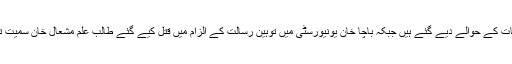
فیصلے میں علامہ اقبال کے اشعار، قرآن پاک کی آیات کے حوالے دیے گئے ہیں جبکہ باچا خان یونیورسٹی میں توہین رسالت کے الزام میں قتل کیے گئے طالب علم مشعال خان سمیت توہین مذہب کے دیگر کیسز کا بھی حوالہ دیا گیا ہے۔